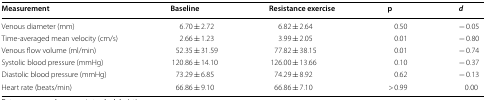
<table><thead><tr><td><b>Measurement</b></td><td><b>Baseline</b></td><td><b>Resistance exercise</b></td><td><b>p</b></td><td><b><i>d</i></b></td></tr></thead><tbody><tr><td>Venous diameter (mm)</td><td>6.70 ± 2.72</td><td>6.82 ± 2.64</td><td>0.50</td><td>− 0.05</td></tr><tr><td>Time-averaged mean velocity (cm/s)</td><td>2.66 ± 1.23</td><td>3.99 ± 2.05</td><td>0.01</td><td>− 0.80</td></tr><tr><td>Venous flow volume (ml/min)</td><td>52.35 ± 31.59</td><td>77.82 ± 38.15</td><td>0.01</td><td>− 0.74</td></tr><tr><td>Systolic blood pressure (mmHg)</td><td>120.86 ± 14.10</td><td>126.00 ± 13.66</td><td>0.10</td><td>− 0.37</td></tr><tr><td>Diastolic blood pressure (mmHg)</td><td>73.29 ± 6.85</td><td>74.29 ± 8.92</td><td>0.62</td><td>− 0.13</td></tr><tr><td>Heart rate (beats/min)</td><td>66.86 ± 9.10</td><td>66.86 ± 7.10</td><td>&gt; 0.99</td><td>0.00</td></tr></tbody></table>